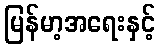
မြန်မာ့အရေးနှင့်